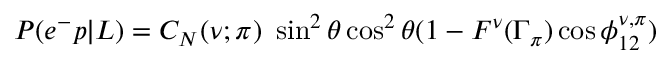
P ( e ^ { - } p | L ) = C _ { N } ( \nu ; \pi ) \ \sin ^ { 2 } \theta \cos ^ { 2 } \theta ( 1 - F ^ { \nu } ( \Gamma _ { \pi } ) \cos \phi _ { 1 2 } ^ { \nu , \pi } )